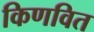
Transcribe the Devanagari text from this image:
किणवित